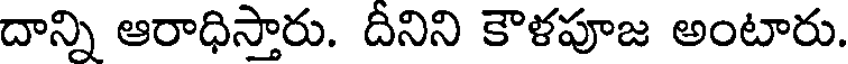
దాన్ని ఆరాధిస్తారు. దీనిని కౌళపూజ అంటారు.